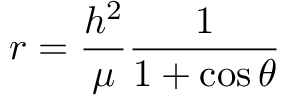
r = { \frac { h ^ { 2 } } { \mu } } { \frac { 1 } { 1 + \cos \theta } }